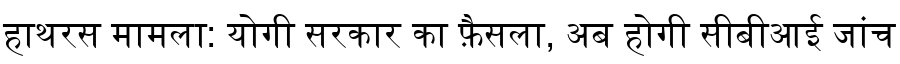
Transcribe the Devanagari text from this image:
हाथरस मामला: योगी सरकार का फ़ैसला, अब होगी सीबीआई जांच